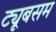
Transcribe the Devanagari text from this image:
ट्यूबसम